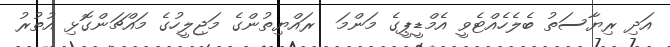
އަދި ރިޔާސަތު ބެލެހެއްޓެވީ އެމްޑީޕީގެ މަންމަ  ރައްޔިތުންގެ މަޖިލީހުގެ މައްޗަންގޮޅި އުތުރު